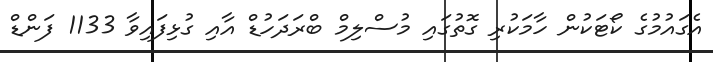
އެގައުމުގެ ކޯޓަކުން ހާމަކުރި ގޮތުގައި މުސްލިމް ބްރަދަހުޑް އާއި ގުޅިފައިވާ 1133 ފަންޑް